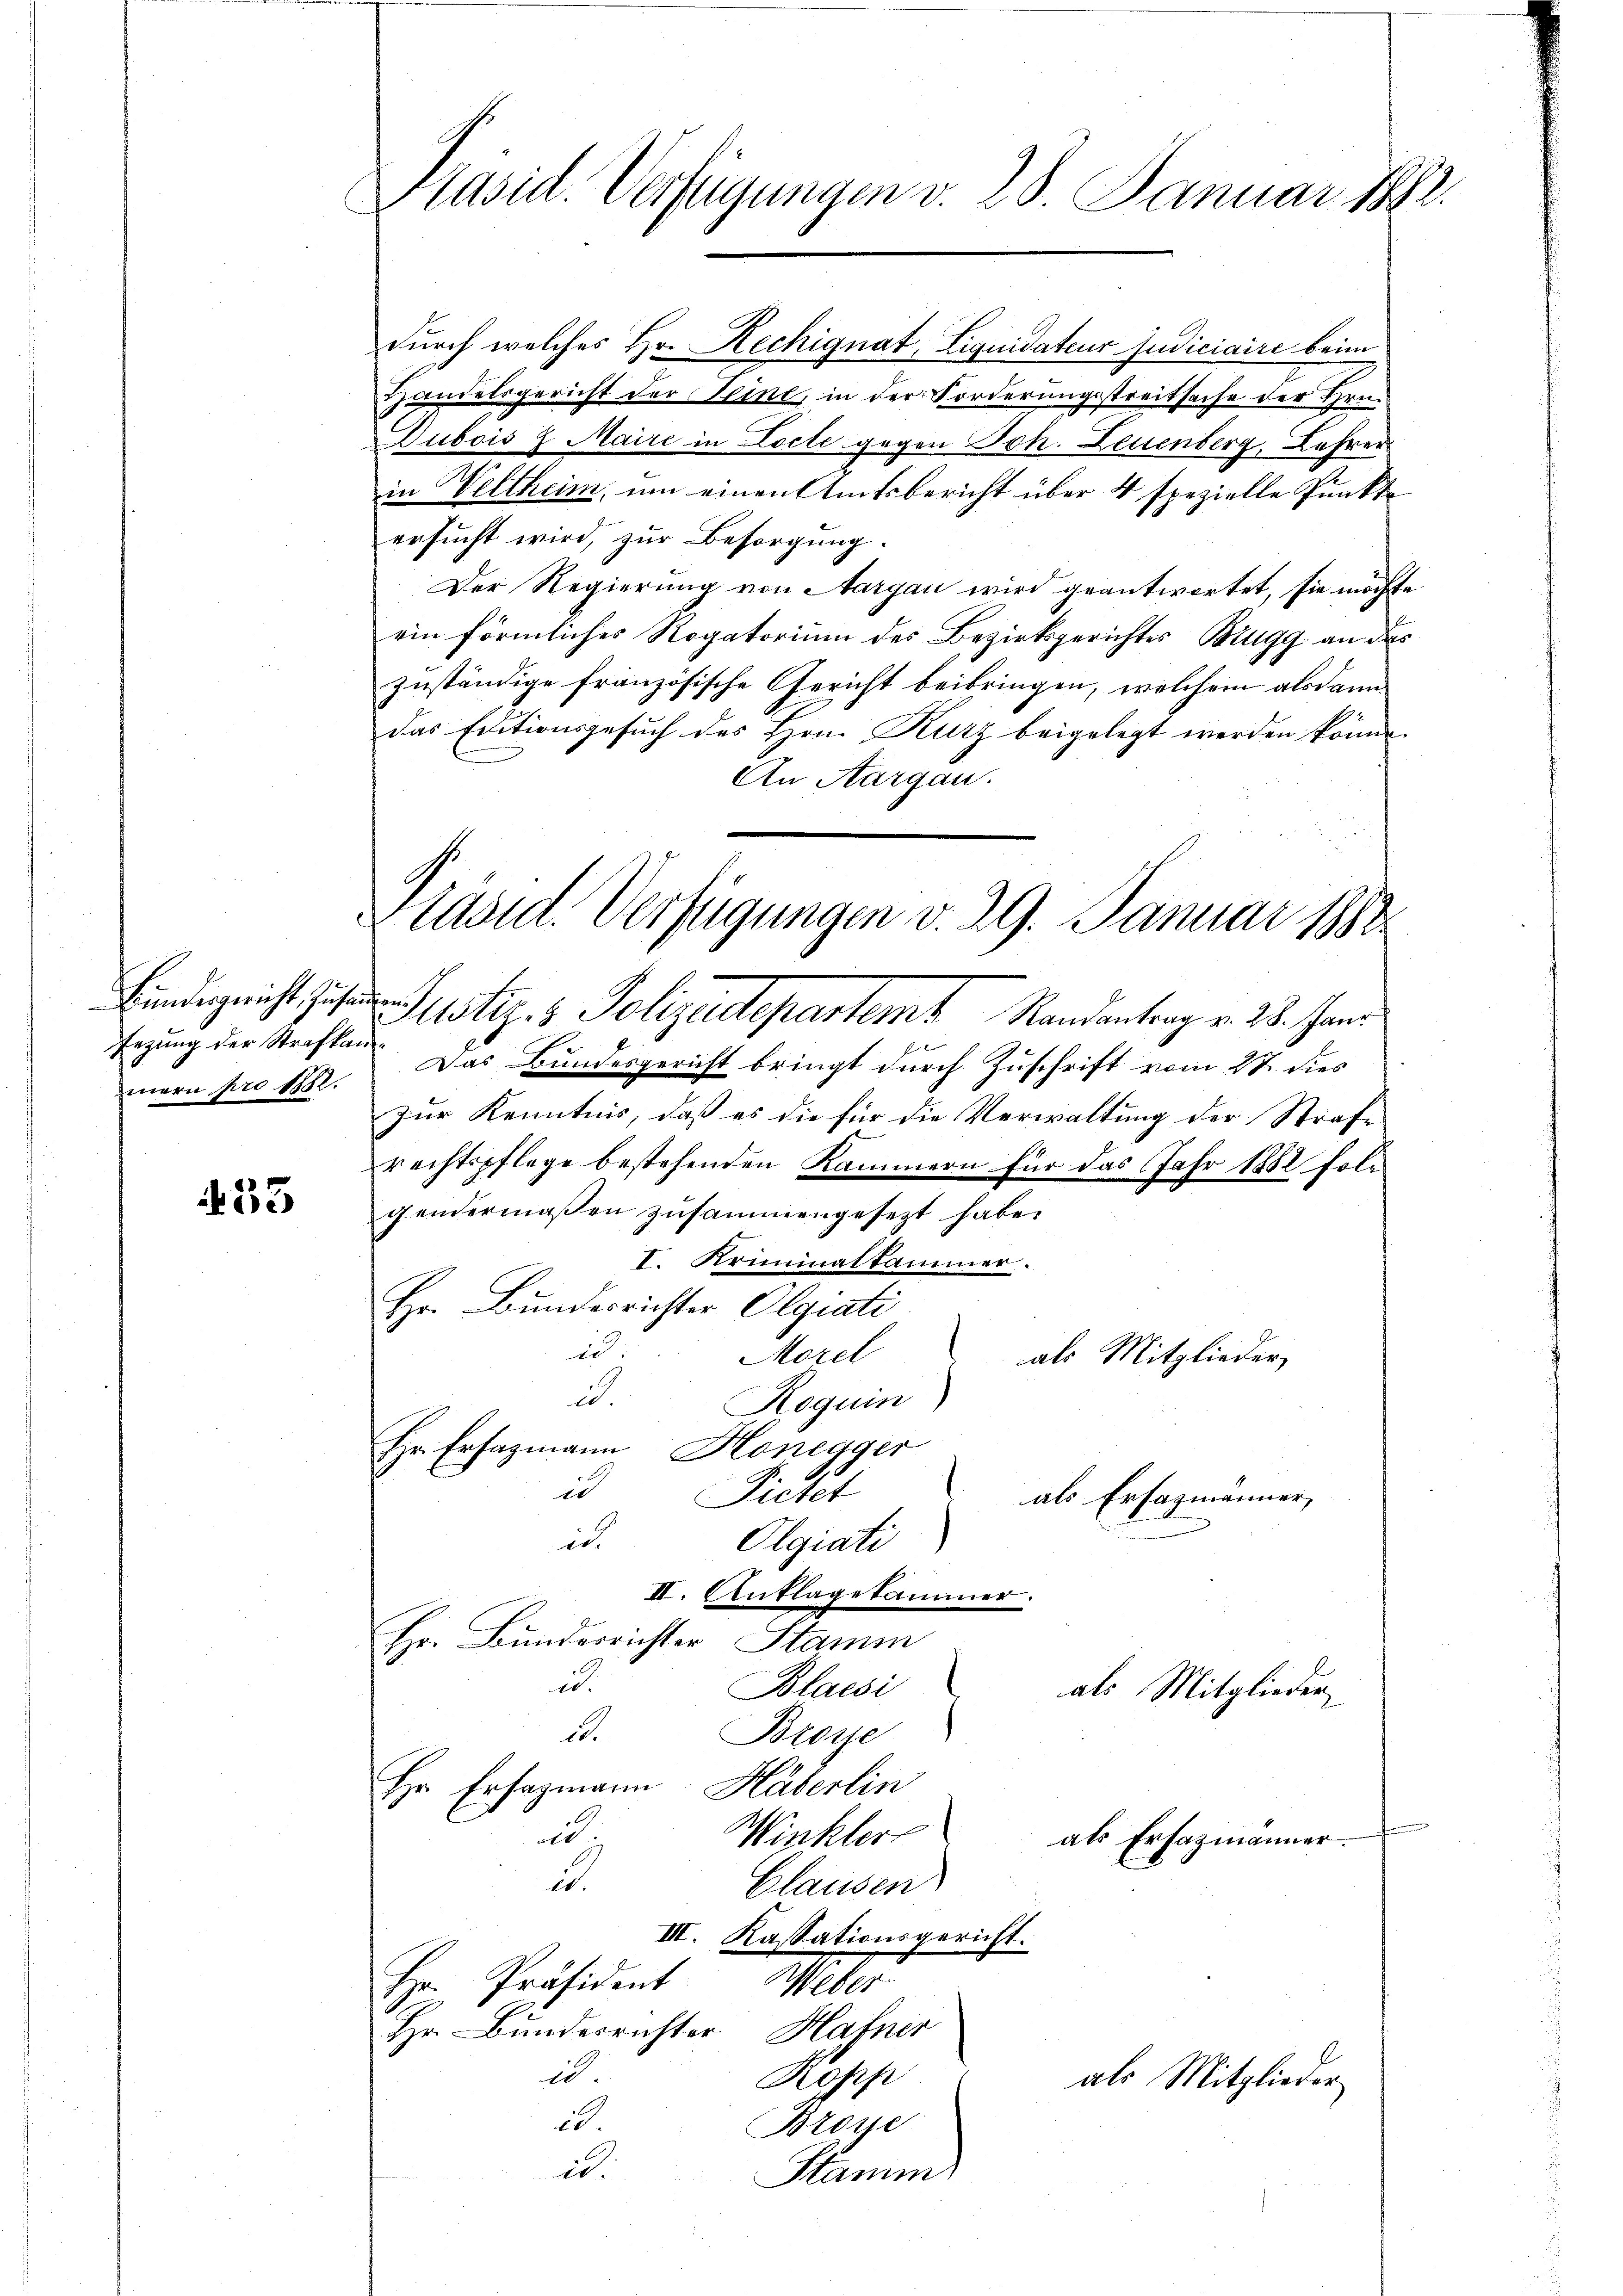
sezung der Strafkan
marn pro 1852.

33

Präsid. Verfügungen v. 28. Januar 1892.

durch welches Hr. Rechignat, Liquidateur Judiciaire beim
Handelsgericht der Teint, in der Forderungsstreitsache der Hrn.
Dubois 7 Maire in Locte gegen Joh. Leuenberg, Lehrer
in Veltheim, um einen Amtsbericht über 4 spezielle Punkte
ersucht wird, zur Besorgung.
Der Regierung von Aargau wird geantwortet, sie möchte
ein förmliches Rogatorium des Bezirksgerichtes Brugg an das
zuständige französische Gericht beibringen, welchem alsdann
das Editionsgesuch des Hrn. Kurz beigelegt werden könne.
An Aargau.
dricht notiz & Polizeidepartemt Randantrag v. 25. Janr
Das Bundesgericht bringt durch Zuschrift vom 27. dies
zur Kenntnis, daß es die für die Verwaltung der Straf-
rechtspflege bestehenden Kammern für das Jahr 1882 folgendermaßen zusammengesezt habe.
I. Kriminalkammer.
Hr. Bundesrichter Olgiati
28.
Morel
als Mitglieder
ich
Roguin
Hr. Ersazmann Honegger
10
Pickt
als Ersazmänner,
in
Olgiati
II. Auflagekammer.
Hr. Bunderrichter Stamm
in.
Blaesi
als Mitglieder
15.
Broyse
Hr Ersazmann, Häberlin
¬
Winkler
18
als Erfazmänner.
u.
Clausen
III. Kassationsgericht.
Hr. Präsident
Meter
Hr. Bundesrichter Hafner
id.
Kopp
als Mitglieder
il.
Broye
16.
Stamm

Präsid. Verfügungen v. 29. Januar 1818.